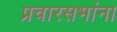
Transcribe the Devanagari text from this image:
प्रचारसभांना